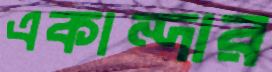
একান্দার